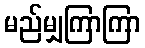
မည်မျှကြာကြာ